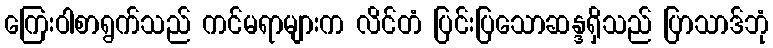
ကြေးဝါစာရွက်သည် ကင်မရာများက လိင်တံ ပြင်းပြသောဆန္ဒရှိသည် ပြာသာဒ်ဘုံ